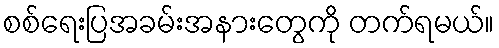
စစ်ရေးပြအခမ်းအနားတွေကို တက်ရမယ်။